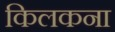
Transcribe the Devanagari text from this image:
किलकना